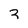
Character: 3